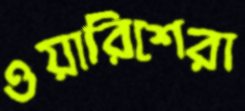
ওয়ারিশেরা